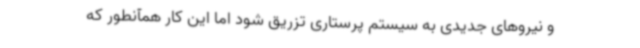
و نیروهای جدیدی به سیستم پرستاری تزریق شود اما این کار همآنطور که